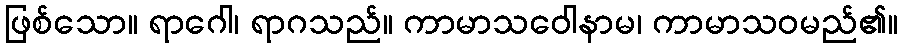
ဖြစ်သော။ ရာဂေါ၊ ရာဂသည်။ ကာမာသဝေါနာမ၊ ကာမာသဝမည်၏။